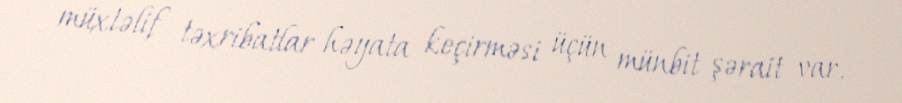
müxtəlif təxribatlar həyata keçirməsi üçün münbit şərait var.